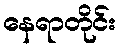
နေရာတိုင်း